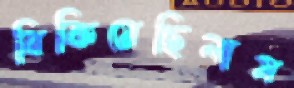
বিকিয়েছিলাম